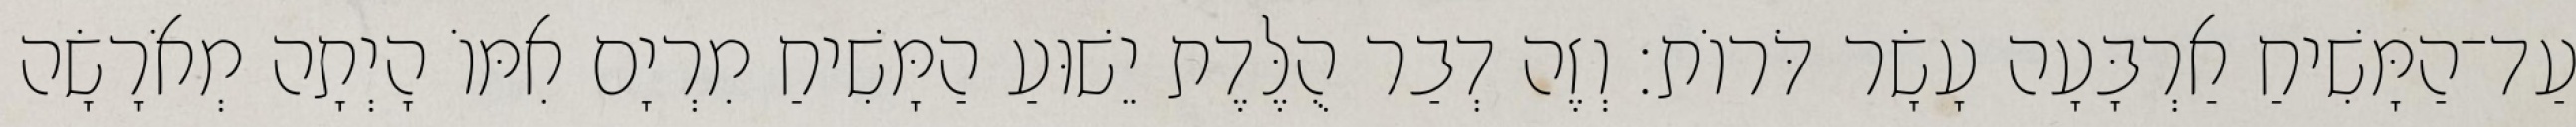
עַד־הַמָּשִׁיחַ אַרְבָּעָה עָשָׂר דֹּרוֹת׃ וְזֶה דְבַר הֻלֶּדֶת יֵשׁוּעַ הַמָּשִׁיחַ מִרְיָם אִמּוֹ הָיְתָה מְאֹרָשָׂה